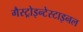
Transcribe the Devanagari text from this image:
गैस्ट्रोइन्टेस्टाइनल